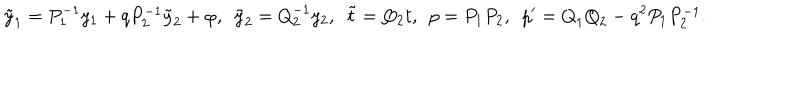
LaTeX: \tilde { y } _ { 1 } = { { P } _ { 1 } ^ { - 1 } } y _ { 1 } + { q P _ { 2 } ^ { - 1 } } \tilde { y } _ { 2 } + \varphi , \ \ \tilde { y } _ { 2 } = { { Q } _ { 2 } ^ { - 1 } } y _ { 2 } , \ \ \tilde { t } = Q _ { 2 } t , \ \ p = { P } _ { 1 } { P } _ { 2 } , \ \ p ^ { \prime } = { Q } _ { 1 } { Q } _ { 2 } - q ^ { 2 } { P _ { 1 } P _ { 2 } ^ { - 1 } } .